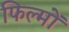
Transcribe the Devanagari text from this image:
फिल्मोंं